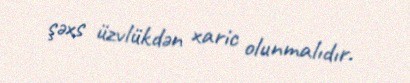
şəxs üzvlükdən xaric olunmalıdır.